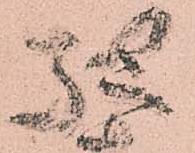
馳